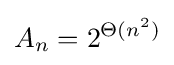
A_{n}=2^{\Theta (n^{2})}